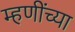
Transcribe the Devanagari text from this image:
म्हणींच्या